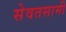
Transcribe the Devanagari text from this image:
सेवतसामी